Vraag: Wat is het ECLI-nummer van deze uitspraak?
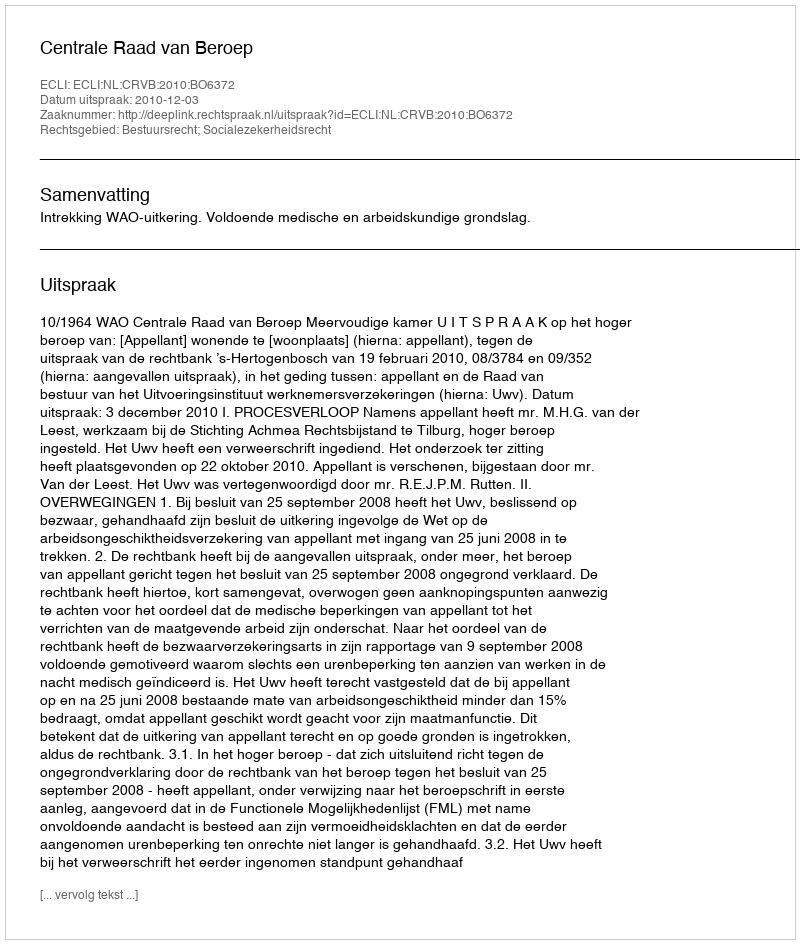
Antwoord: ECLI:NL:CRVB:2010:BO6372